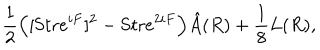
{ \frac { 1 } { 2 } } \Big ( [ \mathrm { S t r } e ^ { i F } ] ^ { 2 } - \mathrm { S t r } e ^ { 2 i F } \Big ) \hat { A } ( R ) + { \frac { 1 } { 8 } } L ( R ) ,